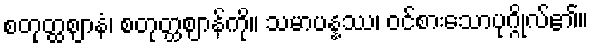
စတုတ္ထဈာနံ၊ စတုတ္ထဈာန်ကို။ သမာပန္နဿ၊ ဝင်စားသောပုဂ္ဂိုလ်၏။